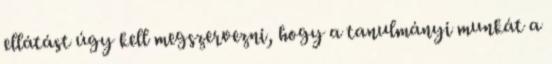
ellátást úgy kell megszervezni, hogy a tanulmányi munkát a